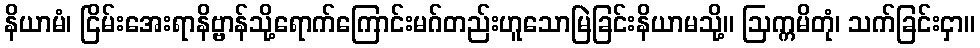
နိယာမံ၊ ငြိမ်းအေးရာနိဗ္ဗာန်သို့ရောက်ကြောင်းမဂ်တည်းဟူသောမြဲခြင်းနိယာမသို့။ ဩက္ကမိတုံ၊ သက်ခြင်းငှာ။